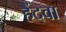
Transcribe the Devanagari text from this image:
हैंदवा